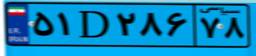
۵۱D۲۸۶۷۸